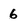
Character: 6